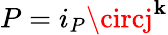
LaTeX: P=i_{P}\circj^{\mathbf{k}}